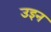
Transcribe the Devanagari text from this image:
उइन